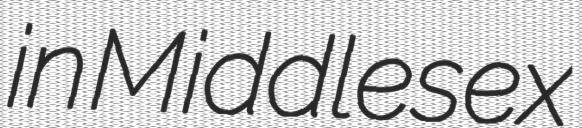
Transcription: in Middlesex